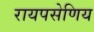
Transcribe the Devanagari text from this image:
रायपसेणिय